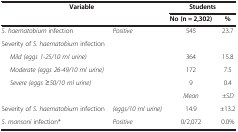
<table><thead><tr><td rowspan="2"><b>Variable</b></td><td rowspan="2"><b> </b></td><td colspan="2"><b>Students</b></td></tr><tr><td><b>No (n = 2,302)</b></td><td><b>%</b></td></tr></thead><tbody><tr><td><i>S. haematobium</i> infection</td><td><i>Positive</i></td><td>545</td><td>23.7</td></tr><tr><td>Severity of <i>S. haematobium</i> infection</td><td> </td><td> </td><td> </td></tr><tr><td><i>Mild (eggs 1-25/10 ml urine)</i></td><td> </td><td>364</td><td>15.8</td></tr><tr><td><i>Moderate (eggs 26-49/10 ml urine)</i></td><td> </td><td>172</td><td>7.5</td></tr><tr><td><i>Severe (eggs</i> ≥<i>50/10 ml urine)</i></td><td> </td><td>9</td><td>0.4</td></tr><tr><td> </td><td> </td><td><i>Mean</i></td><td><i>±SD</i></td></tr><tr><td>Severity of <i>S. haematobium</i> infection</td><td><i>(eggs/10 ml urine)</i></td><td>14.9</td><td><i>±</i>13.2</td></tr><tr><td><i>S. mansoni</i> infection*</td><td><i>Positive</i></td><td>0/2,072</td><td>0.0%</td></tr></tbody></table>